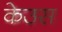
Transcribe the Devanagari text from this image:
केउस